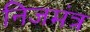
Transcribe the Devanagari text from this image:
निजमंत्र